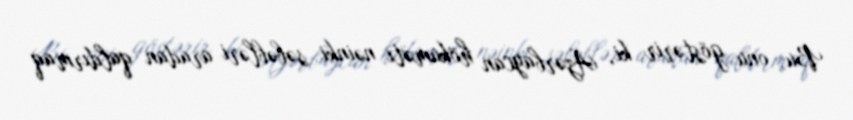
Bu, onu göstərir ki, Azərbaycan hökuməti nəinki səbəbləri aradan qaldırmaq